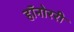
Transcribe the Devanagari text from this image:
हॉनोररी